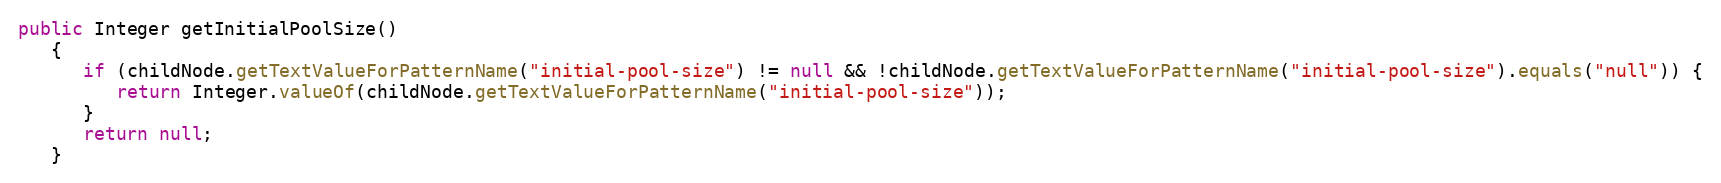
Language: Java
public Integer getInitialPoolSize()
   {
      if (childNode.getTextValueForPatternName("initial-pool-size") != null && !childNode.getTextValueForPatternName("initial-pool-size").equals("null")) {
         return Integer.valueOf(childNode.getTextValueForPatternName("initial-pool-size"));
      }
      return null;
   }